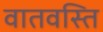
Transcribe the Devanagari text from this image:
वातवस्ति